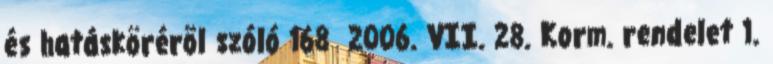
és hatáskörérõl szóló 168 2006. VII. 28. Korm. rendelet 1.